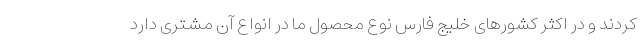
کردند و در اکثر کشورهای خلیج فارس نوع محصول ما در انواع آن مشتری دارد